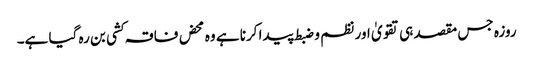
روزہ جس مقصد ہی تقویٰ اور نظم و ضبط پیدا کرنا ہے وہ محض فاقہ کشی بن رہ گیا ہے۔